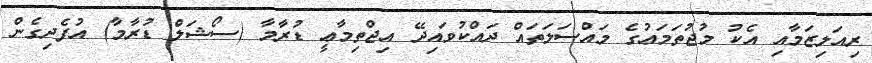
ރިއަލިޒަމާއި އެކު މުޖުތަމަޢުގެ މައްސަލަތައް ދައްކުވައިދޭ އިޖްތިމާޢީ ޑުރާމާ (ސޯޝަލް ޑުރާމާ) އުފެދިގެން